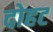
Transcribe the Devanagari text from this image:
दोहट